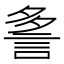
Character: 𲁨